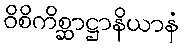
ဝိစိကိစ္ဆာဋ္ဌာနိယာနံ